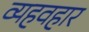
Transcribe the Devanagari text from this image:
व्यहवहार